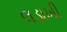
લડાખી